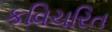
કવિચરિત